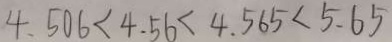
4 . 5 0 6 < 4 . 5 6 < 4 . 5 6 5 < 5 . 6 5